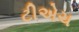
ટીએચ